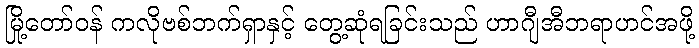
မြို့တော်ဝန် ကလိုဗစ်ဘက်ရှာနှင့် တွေ့ဆုံရခြင်းသည် ဟာဂျီအီဘရာဟင်အဖို့